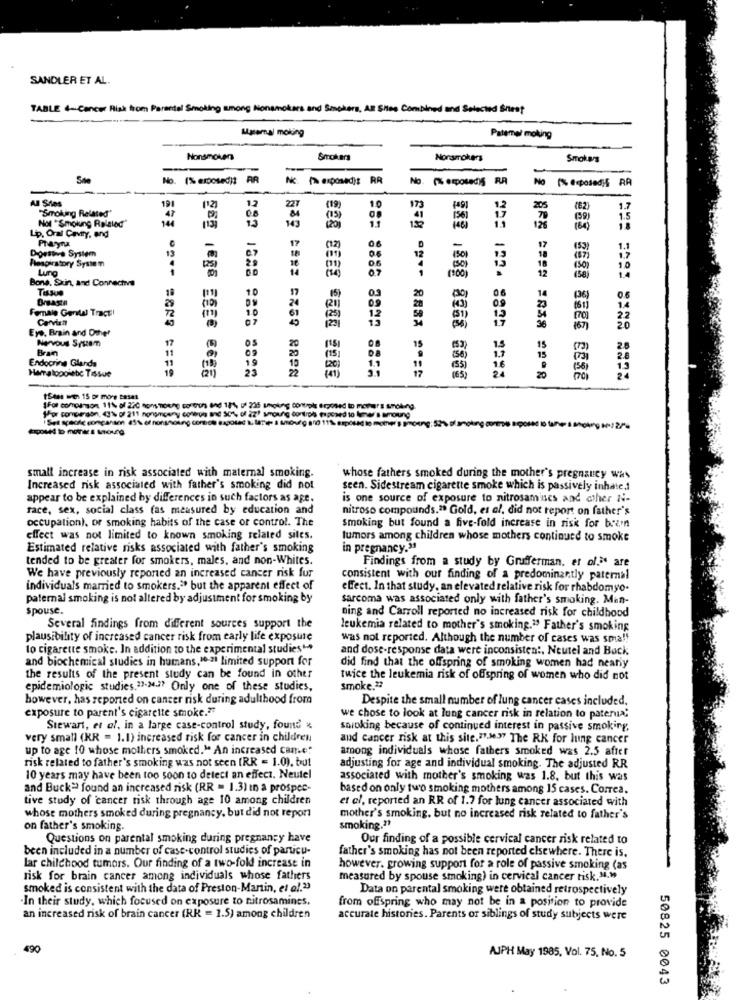
SANDLER ET AL.
TABLE 4-Cancer Risk from Parental Smoking among Nonsmokers and Smokers, AR Shes Combined and Selected Shest
Masemal moking
Patemal moking
Nonsmoker
Smokers
Nonsmokers
Smokas
-
-
She
No. 1% exposed) AR
Nc P exposedit RR
No
Al Sdes
"Smoking Related"
19
227
173
205
1.7
41
1.5
Lip, Oral Cevey, and
Not "Smoking Related"
ARX
Doestive System
13
17
(53)
1.1
Respiratory System
150
1.7
Lung
(50)
1.4
Bons, Saun, and Connechva
(100)
12
10
06
Dreasta
18
14
(36)
Female Genital Tract!
72
29
Carvich
Eye, Brain and Other
Nervous System
17
Brain
Endocrine Glands
11
Hamalopoiebc Tissue
posed to mother's sonoung
27%
small increase in risk associated with maternal smoking.
whose fathers smoked during the mother's pregnancy was
Increased risk associated with father's smoking did not
seen. Sidestream cigarette smoke which is passively inhate.1
appear to be explained by differences in such factors as age.
is one source of exposure to nitrosamses and other N.
face, sex, social class (as measured by education and
nitroso compounds." Gold, es al, did not report on father's
occupation), or smoking habits of the case of control. The
smoking but found a five-fold increase in risk for bren
effect was not limited to known smoking related sites.
tumors among children whose mothers continued to smoke
Estimated relative risks associated with father's smoking
in pregnancy.31
tended to be greater for smokers, males, and non-Whites.
Findings from a study by Grufferman. et ol.> are
We have previously reported an increased cancer risk fur
consistent with our finding of a predominantly paternal
individuals married to smokers." but the apparent effect of
effect. In that study, an elevated relative risk for rhabdomyo.
paternal smoking is not altered by adjustment for smoking by
sarcoma was associated only with father's smoking. Man-
spouse.
ning and Carroll reported no increased risk for childhood
Several findings from different sources support the
leukemia related to mother's smoking." Father's smoking
plausibility of increased cancer risk from early life exposure
was not reported. Although the number of cases was sma !!
to cigarette smoke. In addition to the experimental studies"*
and dose-response data were inconsistent, Neutel and Back
and biochemical studies in humans,1e-a limited support for
did find that the offspring of smoking women had nearly
the results of the present study can be found in other
twice the leukemia risk of offspring of women who did not
epidemiologic studies.23-24.7? Only one of these studies,
Smoke."
however, has reported on cancer risk during adulthood from
Despite the small number of lung cancer cases included,
exposure to parent's cigarette smoke."
we chose to look at lung cancer risk in relation to paterna;
Stewart, et of, in a large case-control study, found &
soloking because of continued interest in passive smoking.
very small (KR = 1.1) increased risk for cancer in children
and cancer risk at this site.27-Me.37 The RK for lung cancer
up to age 10 whose mothers smoked." An increased cane?
among individuals whose fathers smoked was 2.5 after
risk related to father's smoking was not seen (RR = 1.0), but
adjusting for age and individual smoking. The adjusted RR
10 years may have been too soon to detect an effect. Neutel
associated with mother's smoking was 1.8. but this was
and Buck= found an increased risk (RR = 1.3) in a prospec-
based on only two smoking mothers among 15 cases. Correa.
tive study of cancer risk through age 10 among children
et al, reported an RR of 1.7 for lung cancer associated with
whose mothers smoked during pregnancy, but did not report
mother's smoking, but no increased risk related to father's
on father's smoking.
smoking .??
Questions on parental smoking during pregnancy have
Our finding of a possible cervical cancer risk related to
been included in a number of case-control studies of particu-
father's smoking has not been reported elsewhere. There is,
lar childhood tumors. Our finding of a two-fold increase in
however. growing support for a role of passive smoking (as
risk for brain cancer among individuals whose fathers
measured by spouse smoking) in cervical cancer risk. "."
smoked is consistent with the data of Preston-Martin, et al.23
Data on parental smoking were obtained retrospectively
In their study, which focused on exposure to nitrosamines.
from offspring who may not be in a position to provide
an increased risk of brain cancer (RK = 1.5) among children
accurate histories. Parents or siblings of study subjects were
490
AJPH May 1985, Vol. 75, No. 5
50825 0043